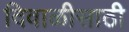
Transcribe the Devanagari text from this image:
दिवाळीसाठी